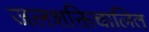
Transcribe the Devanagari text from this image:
जलशक्तिचालित